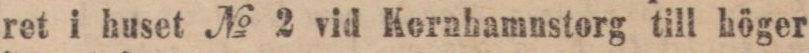
ret i huset № 2 vid Kornhamnstorg till höger